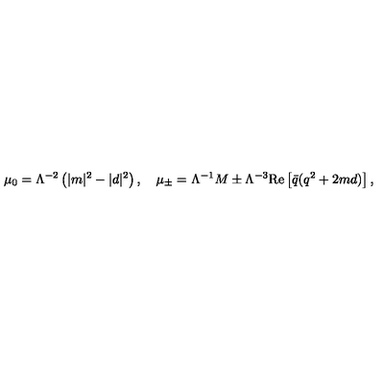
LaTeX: \mu _ { 0 } = \Lambda ^ { - 2 } \left( | m | ^ { 2 } - | d | ^ { 2 } \right) , \quad \mu _ { \pm } = \Lambda ^ { - 1 } M \pm \Lambda ^ { - 3 } \mathrm { R e } \left[ { \bar { q } } ( q ^ { 2 } + 2 m d ) \right] ,